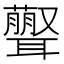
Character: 𦘃